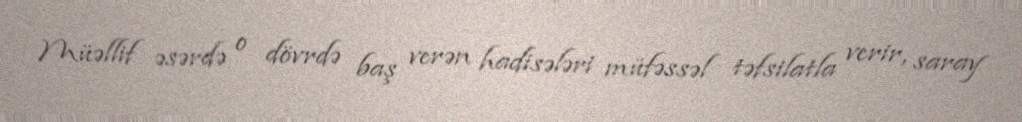
Müəllif əsərdə o dövrdə baş verən hadisələri müfəssəl təfsilatla verir, saray